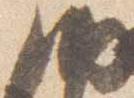
納